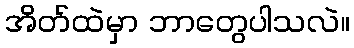
အိတ်ထဲမှာ ဘာတွေပါသလဲ။